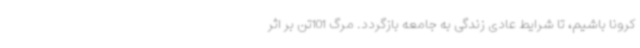
کرونا باشیم، تا شرایط عادی زندگی به جامعه بازگردد. مرگ 101تن بر اثر